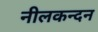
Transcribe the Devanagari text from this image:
नीलकन्दन